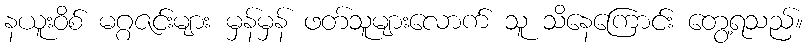
နယူးဝိစ် မဂ္ဂဇင်းများ မှန်မှန် ဖတ်သူများလောက် သူ သိနေကြောင်း တွေ့ရသည်။